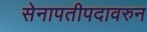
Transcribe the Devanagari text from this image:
सेनापतीपदावरुन